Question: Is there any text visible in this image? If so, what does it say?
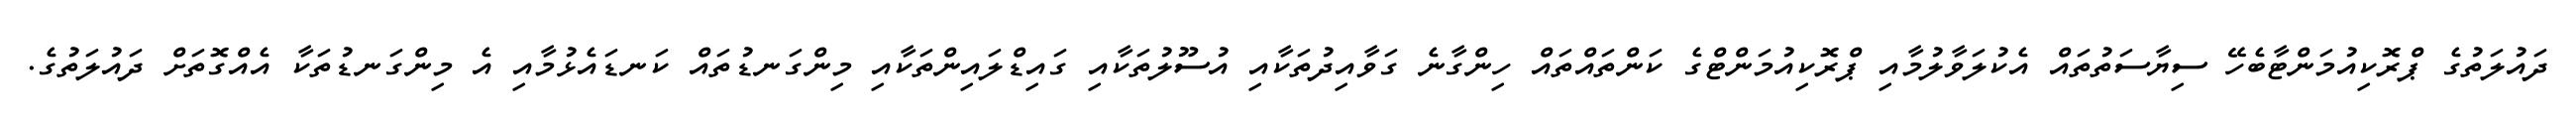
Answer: ދައުލަތުގެ ޕްރޮކިއުމަންޓާބެހޭ ސިޔާސަތުތައް އެކުލަވާލުމާއި ޕްރޮކިއުމަންޓްގެ ކަންތައްތައް ހިންގާނެ ގަވާއިދުތަކާއި އުސޫލުތަކާއި ގައިޑްލައިންތަކާއި މިންގަނޑުތައް ކަނޑައެޅުމާއި އެ މިންގަނޑުތަކާ އެއްގޮތަށް ދައުލަތުގެ.